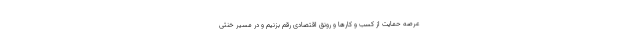
عرصه حمایت از کسب و کارها و رونق اقتصادی رقم بزنیم و در مسیر خنثی